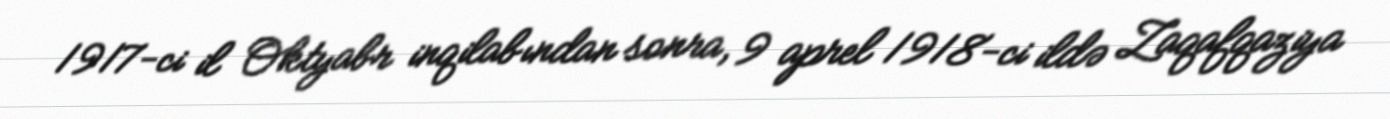
1917-ci il Oktyabr inqilabından sonra, 9 aprel 1918-ci ildə Zaqafqaziya